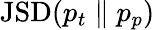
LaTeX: \mathrm{JSD}(p_{t}\parallel p_{p})